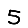
Digit: 5